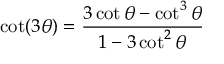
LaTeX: \cot ( 3 \theta ) = { \frac { 3 \cot \theta - \cot ^ { 3 } \theta } { 1 - 3 \cot ^ { 2 } \theta } }